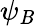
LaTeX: \psi_{\mathit{B}}